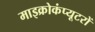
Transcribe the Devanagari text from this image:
माइक्रोकंप्यूटरों